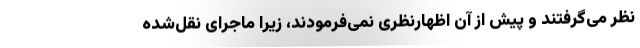
نظر می‌گرفتند و پیش ‌از آن اظهارنظری نمی‌فرمودند، زیرا ماجرای نقل‌شده